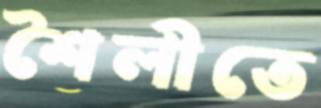
শৈলীতে